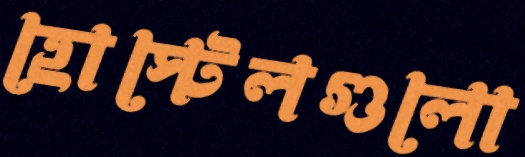
হোস্টেলগুলো